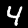
Label: 4